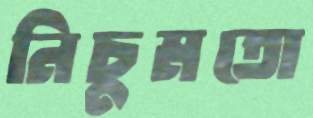
নিচুমতো